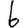
Digit: 6